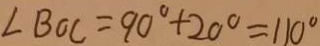
\angle B O C = 9 0 ^ { \circ } + 2 0 ^ { \circ } = 1 1 0 ^ { \circ }